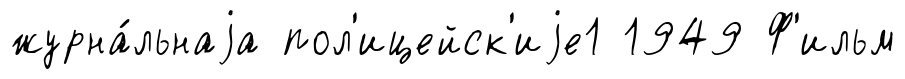
журна́льнаjа пол'ицейск'иjе1 1949 Ф'ильм